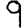
Digit: 9